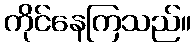
ကိုင်နေကြသည်။